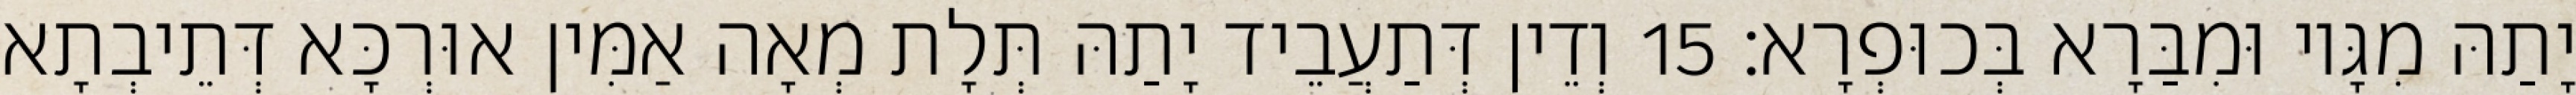
יָתַהּ מִגָּיו וּמִבַּרָא בְּכוּפְרָא׃ 15 וְדֵין דְּתַעֲבֵיד יָתַהּ תְּלָת מְאָה אַמִּין אוּרְכָּא דְּתֵיבְתָא